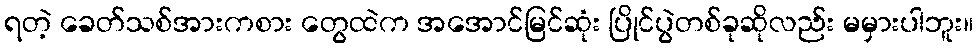
ရတဲ့ ခေတ်သစ်အားကစား တွေထဲက အအောင်မြင်ဆုံး ပြိုင်ပွဲတစ်ခုဆိုလည်း မမှားပါဘူး။